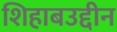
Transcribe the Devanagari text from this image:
शिहाबउद्दीन